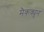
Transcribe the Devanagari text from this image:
मैकक्यून